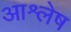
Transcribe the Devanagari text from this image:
आश्लेष